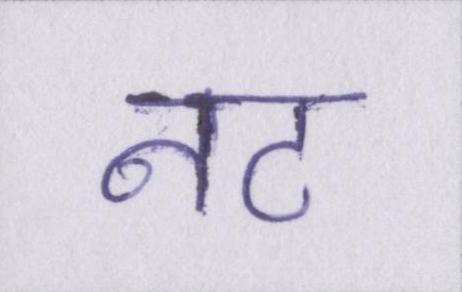
नट